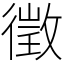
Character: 徵